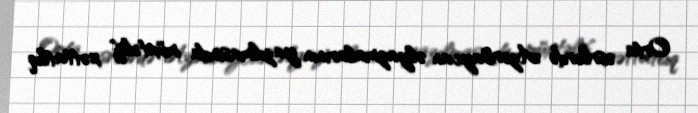
Orta əsrlərdə Azərbaycan əlyazmalarının yazılmasında müxtəlif xəttatlıq